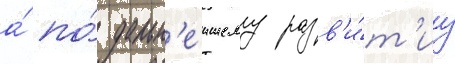
а́ по́ дальн'еишему разв'и́т'иу